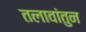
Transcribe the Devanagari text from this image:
तलावांतुन